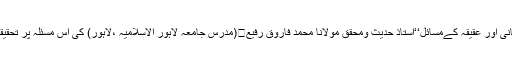
زیر نظر کتاب ’’ قربانی اور عقیقہ کےمسائل‘‘استاذ حدیث ومحقق مولانا محمد فاروق رفیع﷾(مدرس جامعہ لاہور الاسلامیہ ،لاہور) کی اس مسئلہ پر تحقیقی وعلمی کاوش ہے ۔